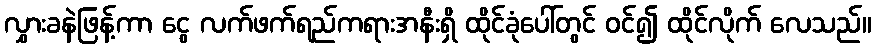
လွှားခနဲဖြန့်ကာ ငွေ လက်ဖက်ရည်ကရားအနီးရှိ ထိုင်ခုံပေါ်တွင် ဝင်၍ ထိုင်လိုက် လေသည်။